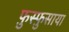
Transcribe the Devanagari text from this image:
फ़ुस्फ़ुसाया